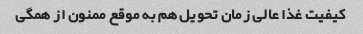
کیفیت غذا عالی زمان تحویل هم به موقع ممنون از همگی